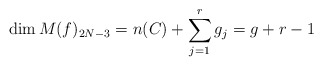
\begin{align*}\dim M(f)_{2N-3}=n(C)+\sum_{j=1}^r g_j=g+r-1\end{align*}